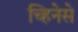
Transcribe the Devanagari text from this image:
च्हिनेसे